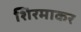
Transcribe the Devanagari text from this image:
शिरमाकर